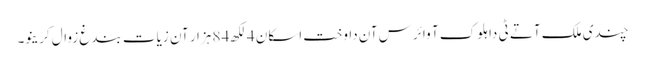
چندی ملک آتے ٹی دا ہلوک آ وائرس آن داوخت اسکان 4 لکھ 84 ہزار آن زیات بندغ زوال کرینو۔